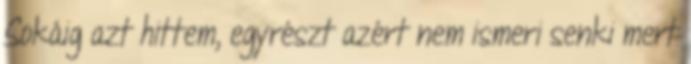
Sokáig azt hittem, egyrészt azért nem ismeri senki mert